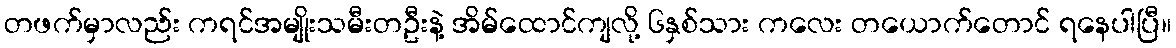
တဖက်မှာလည်း ကရင်အမျိုးသမီးတဦးနဲ့ အိမ်ထောင်ကျလို့ ၆နှစ်သား ကလေး တယောက်တောင် ရနေပါပြီ။